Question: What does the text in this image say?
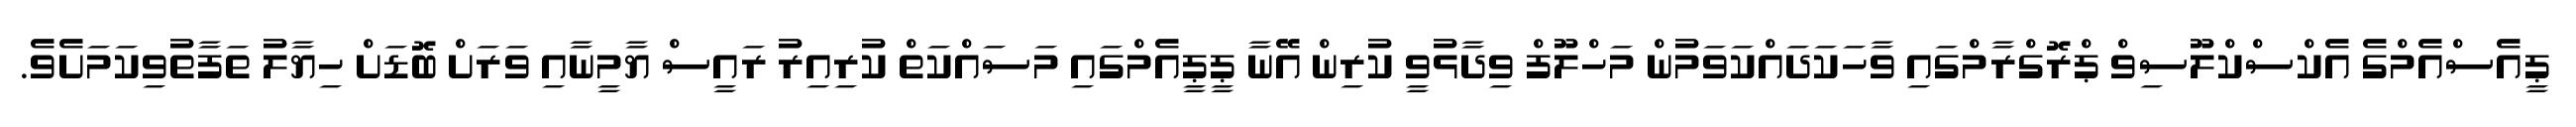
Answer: ޕީއެސްއެމްގެ އެކްސްކްލޫސިވް ޕްރޮގްރާމްގައި ވާހަކަދައްކަވަމުން މަހްލޫފް ވިދާޅުވީ ކުރިން އޭނާ ޕީޕީއެމްގައި މަސައްކަތް ކުރިއިރު ރައީސް ޔާމީނާއި ވަރަށް ބޮޑަށް ހިޔާލު ތަފާތުވިކަމަށެވެ.